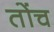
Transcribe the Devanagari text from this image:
तोंच